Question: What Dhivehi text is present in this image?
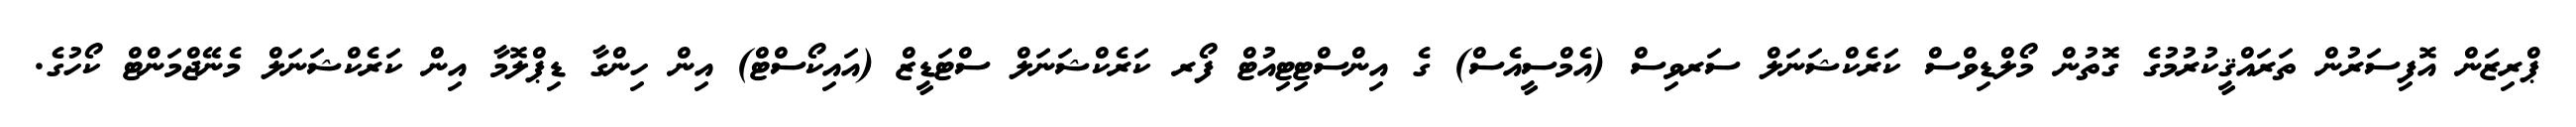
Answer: ޕްރިޒަން އޮފިސަރުން ތަރައްޤީކުރުމުގެ ގޮތުން މޯލްޑިވްސް ކަރެކްޝަނަލް ސަރވިސް (އެމްސީއެސް) ގެ އިންސްޓިޓިއުޓް ފޯރ ކަރެކްޝަނަލް ސްޓަޑީޒް (އައިކޯސްޓް) އިން ހިންގާ ޑިޕްލޮމާ އިން ކަރެކްޝަނަލް މެނޭޖްމަންޓް ކޯހުގެ.